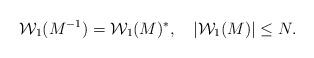
LaTeX: \begin{align*}{\cal W}_{1}(M^{-1})={\cal W}_{1}(M)^*, \quad |{\cal W}_{1}(M)|\leq N. \end{align*}